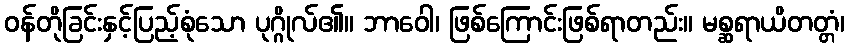
ဝန်တိုခြင်းနှင့်ပြည့်စုံသော ပုဂ္ဂိုလ်၏။ ဘာဝေါ၊ ဖြစ်ကြောင်းဖြစ်ရာတည်း။ မစ္ဆရာယိတတ္တံ၊